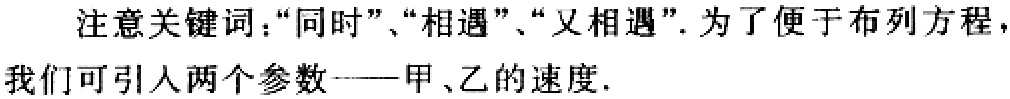
注意关键词：“同时”、“相遇”、“又相遇”. 为了便于布列方程，我们可引入两个参数——甲、乙的速度.